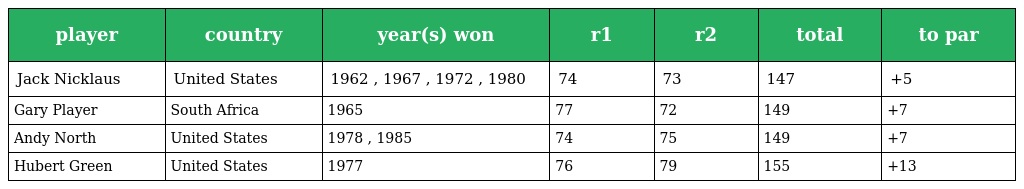
| player | country | year(s) won | r1 | r2 | total | to par |
 | --- | --- | --- | --- | --- | --- | --- |
 | Jack Nicklaus | United States | 1962 , 1967 , 1972 , 1980 | 74 | 73 | 147 | +5 |
 | Gary Player | South Africa | 1965 | 77 | 72 | 149 | +7 |
 | Andy North | United States | 1978 , 1985 | 74 | 75 | 149 | +7 |
 | Hubert Green | United States | 1977 | 76 | 79 | 155 | +13 |